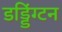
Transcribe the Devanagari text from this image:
डड्डिंग्टन